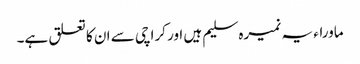
ماوراء یہ نمیرہ سلیم ہیں اور کراچی سے ان کا تعلق ہے۔